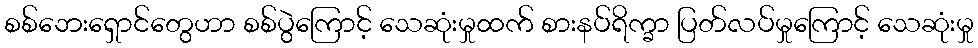
စစ်ဘေးရှောင်တွေဟာ စစ်ပွဲကြောင့် သေဆုံးမှုထက် စားနပ်ရိက္ခာ ပြတ်လပ်မှုကြောင့် သေဆုံးမှု